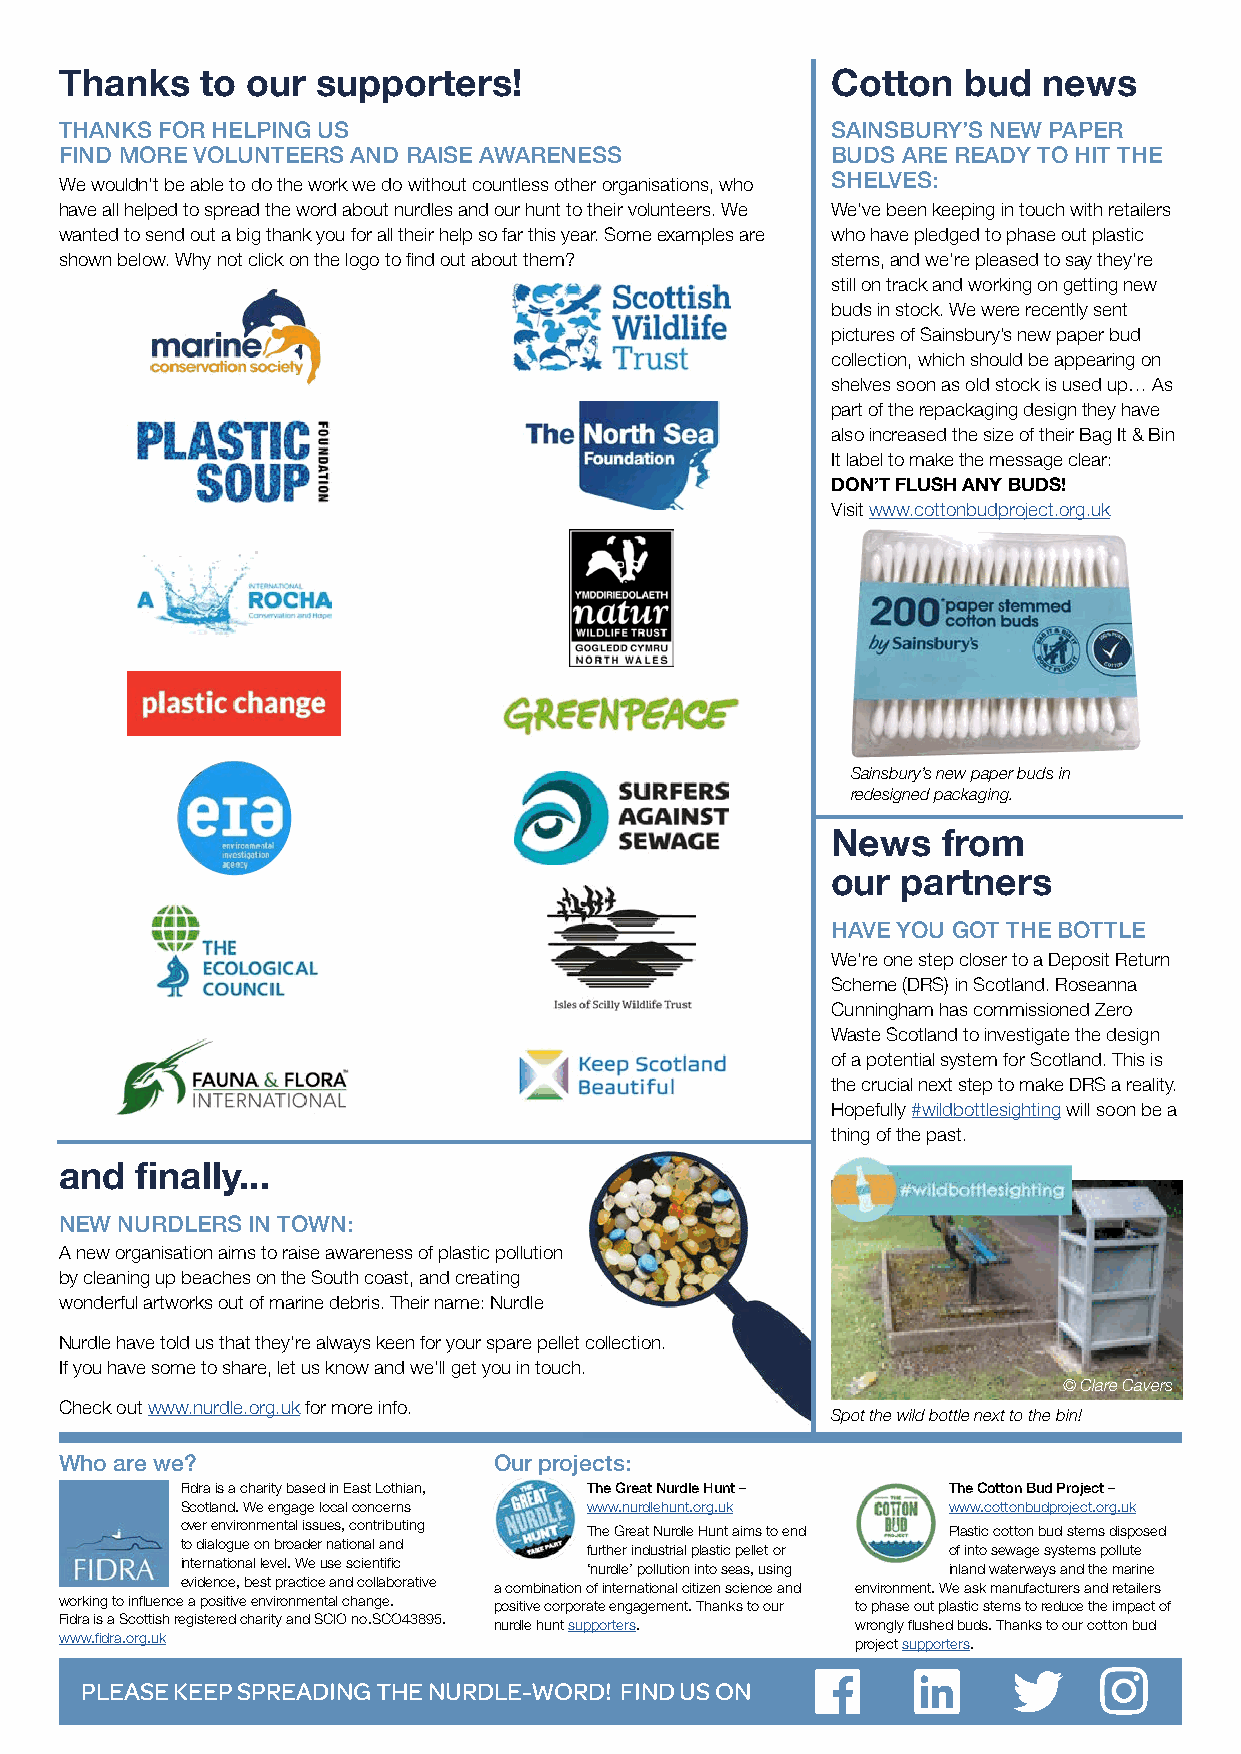
Thanks   to our  supporters!                       Cotton   bud  news
 THANKS FOR HELPING US                              SAINSBURY’S NEW PAPER
 FIND MORE VOLUNTEERS AND RAISE AWARENESS           BUDS ARE READY TO HIT THE
 SHELVES:
 We wouldn’t be able to do the work we do without countless other organisations, who
 have all helped to spread the word about nurdles and our hunt to their volunteers. We We’ve been keeping in touch with retailers
 wanted to send out a big thank you for all their help so far this year. Some examples are who have pledged to phase out plastic
 shown below. Why not click on the logo to find out about them? stems, and we’re pleased to say they’re
 still on track and working on getting new
 buds in stock. We were recently sent
 pictures of Sainsbury’s new paper bud
 collection, which should be appearing on
 shelves soon as old stock is used up… As
 part of the repackaging design they have
 also increased the size of their Bag It & Bin
 It label to make the message clear:
 DON’T FLUSH ANY BUDS!
 Visit www.cottonbudproject.org.uk
 Sainsbury’s new paper buds in
 redesigned packaging.
 News   from
 our  partners
 HAVE YOU GOT THE BOTTLE
 We’re one step closer to a Deposit Return
 Scheme (DRS) in Scotland. Roseanna
 Cunningham has commissioned Zero
 Waste Scotland to investigate the design
 of a potential system for Scotland. This is
 the crucial next step to make DRS a reality.
 Hopefully #wildbottlesighting will soon be a
 thing of the past.
 and  finally...
 NEW NURDLERS IN TOWN:
 A new organisation aims to raise awareness of plastic pollution
 by cleaning up beaches on the South coast, and creating
 wonderful artworks out of marine debris. Their name: Nurdle
 Nurdle have told us that they’re always keen for your spare pellet collection.
 If you have some to share, let us know and we’ll get you in touch.
 © Clare Cavers
 Check out www.nurdle.org.uk for more info.
 Spot the wild bottle next to the bin!
 Who are we?                  Our projects:
 Fidra is a charity based in East Lothian, The Great Nurdle Hunt – The Cotton Bud Project –
 Scotland. We engage local concerns www.nurdlehunt.org.uk www.cottonbudproject.org.uk
 over environmental issues, contributing The Great Nurdle Hunt aims to end Plastic cotton bud stems disposed
 to dialogue on broader national and further industrial plastic pellet or of into sewage systems pollute
 international level. We use scientific ‘nurdle’ pollution into seas, using inland waterways and the marine
 evidence, best practice and collaborative a combination of international citizen science and environment. We ask manufacturers and retailers
 working to influence a positive environmental change. positive corporate engagement. Thanks to our to phase out plastic stems to reduce the impact of
 Fidra is a Scottish registered charity and SCIO no.SCO43895. nurdle hunt supporters. wrongly flushed buds. Thanks to our cotton bud
 www.fidra.org.uk                                     project supporters.
 PLEASE KEEP SPREADING THE NURDLE-WORD! FIND US ON